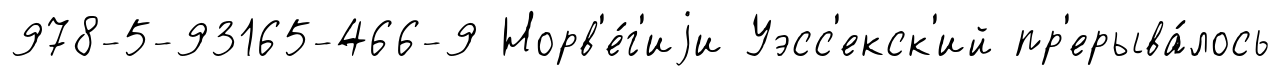
978-5-93165-466-9 Норв'е́г'иjи Уэсс'екск'ий пр'ерыва́лось